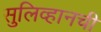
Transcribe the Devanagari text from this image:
सुलिव्हानची